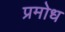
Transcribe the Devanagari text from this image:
प्रमोध